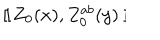
~ [ \kern - 0 . 4 5 e m \llap ~ [ ~ Z _ { 0 } ( x ) , Z _ { 0 } ^ { a b } ( y ) ~ ] \kern - 0 . 4 5 e m \llap ~